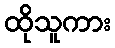
ထိုသူကား